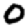
Digit: 0